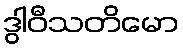
ဒွါဝီသတိမော